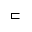
\sqsubset